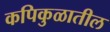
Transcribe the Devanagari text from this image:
कपिकुळातील